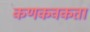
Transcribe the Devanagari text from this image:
कणकवकता